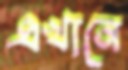
এখানে